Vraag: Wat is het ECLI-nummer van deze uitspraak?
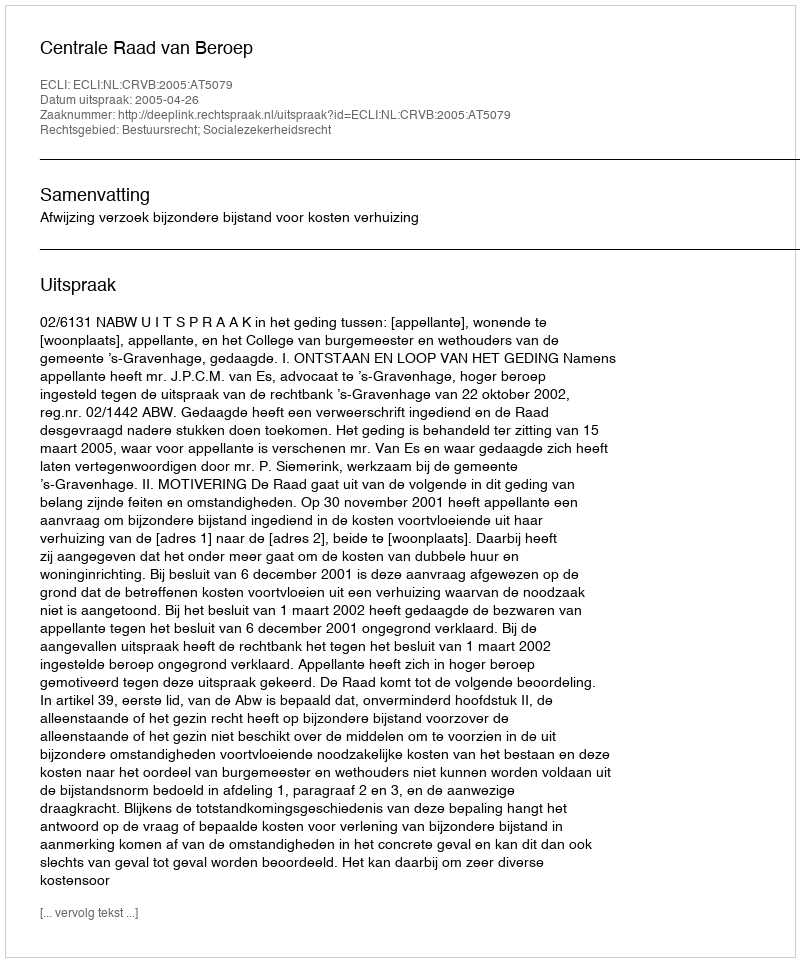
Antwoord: ECLI:NL:CRVB:2005:AT5079